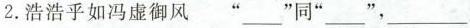
2.浩浩乎如冯虚御风 ”___”同”___”，”___”